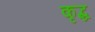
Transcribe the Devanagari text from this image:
कृद्ध